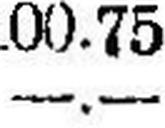
—.—